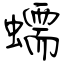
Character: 蠕